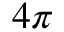
4 \pi